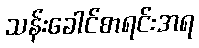
သန်းခေါင်စာရင်းအရ